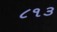
૮૧૩